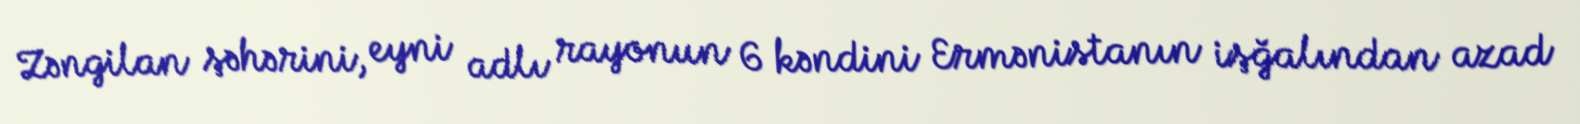
Zəngilan şəhərini, eyni adlı rayonun 6 kəndini Ermənistanın işğalından azad